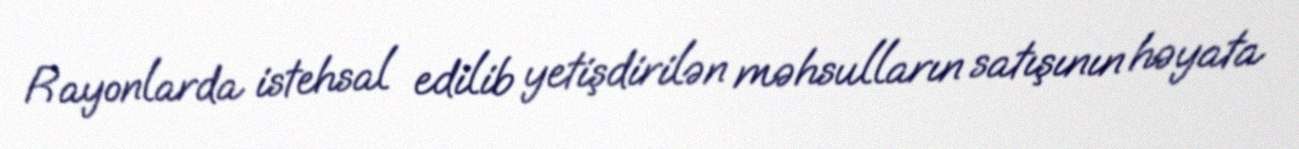
Rayonlarda istehsal edilib yetişdirilən məhsulların satışının həyata